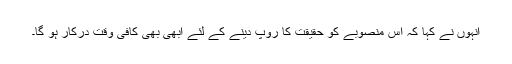
انہوں نے کہا کہ اس منصوبے کو حقیقت کا روپ دینے کے لئے ابھی بھی کافی وقت درکار ہو گا۔